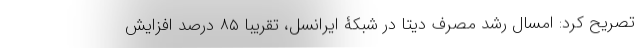
تصریح کرد: امسال رشد مصرف دیتا در شبکۀ ایرانسل، تقریبا ۸۵ درصد افزایش